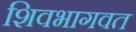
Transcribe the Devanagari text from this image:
शिवभागवत